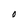
Character: O